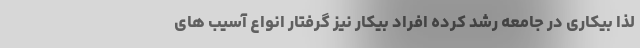
لذا بیکاری در جامعه رشد کرده افراد بیکار نیز گرفتار انواع آسیب های